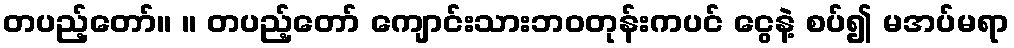
တပည့်တော်။ ။ တပည့်တော် ကျောင်းသားဘဝတုန်းကပင် ငွေနဲ့ စပ်၍ မအပ်မရာ